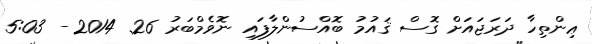
ޢިންތިހާ ދަރަޖައަށް ގޮސް ޤައުމު ބޮއްސުންލާފައި ނޮވެމްބަރު 26